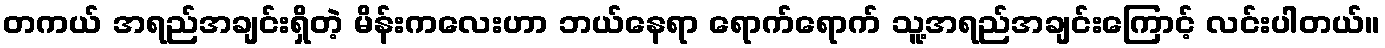
တကယ် အရည်အချင်းရှိတဲ့ မိန်းကလေးဟာ ဘယ်နေရာ ရောက်ရောက် သူ့အရည်အချင်းကြောင့် လင်းပါတယ်။